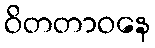
ဝိတတာဝနေ